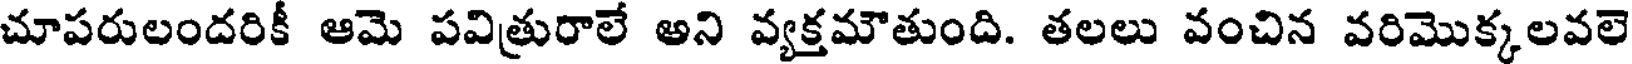
చూపరులందరికీ ఆమె పవిత్రురాలే అని వ్యక్తమౌతుంది. తలలు వంచిన వరిమొక్కలవలె